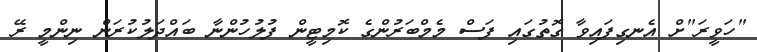
"ހަވީރަ"ށް އެނގިފައިވާ ގޮތުގައި ފަސް މެމްބަރުންގެ ކޮމިޓީން ފުލުހުންނާ ބައްދަލުކުރަން ނިންމީ ރޭ